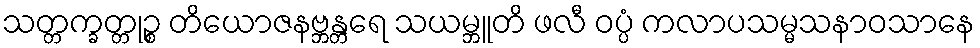
သတ္တက္ခတ္တုဉ္စ တိယောဇနဗ္ဘန္တရေ သယမ္ဘူတိ ဖလီ ဝပ္ပံ ကလာပသမ္မသနာဝသာနေ